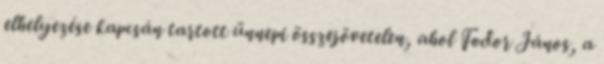
elhelyezése kapcsán tartott ünnepi összejövetelen, ahol Fodor János, a